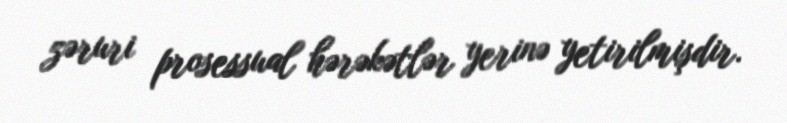
zəruri prosessual hərəkətlər yerinə yetirilmişdir.